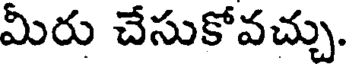
మీరు చేసుకోవచ్చు.